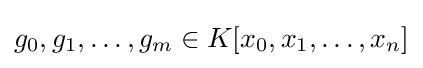
g_{0},g_{1},\dots ,g_{m}\in K[x_{0},x_{1},\dots ,x_{n}]